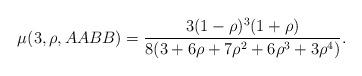
LaTeX: \begin{align*}\mu(3, \rho, AABB)=\frac{3 (1 - \rho)^3 (1 + \rho)}{8 (3 + 6 \rho + 7 \rho^2 + 6 \rho^3 + 3 \rho^4)}.\end{align*}